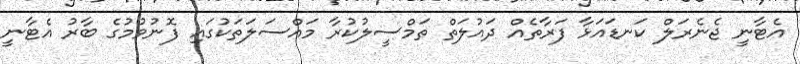
އެޓާނީ ޖެނެރަލް ކަނޑައަޅާ ފަރާތެއް ދައުލަތް ތަމްސީލުކުރާ މައްސަލަތަކުގައި ފޮނުވުމުގެ ބާރު އެޓާނީ